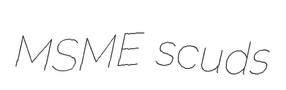
MSME scuds